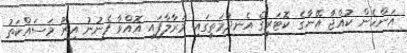
އަންހެން ކުއްޖާ އޭނާގެ ކޮޓަރީގެ އެނދުމަތީގައި މަރާލާފައި އޮއްވާ ފެނުނު އިރު މަސައްކަތު